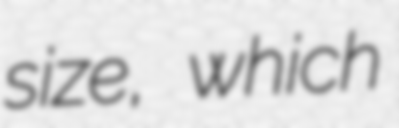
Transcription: size, which